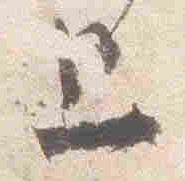
上